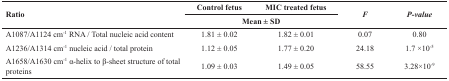
| <ROWSPAN=2> Ratio | Control fetus | MIC treated fetus | <ROWSPAN=2> F | <ROWSPAN=2> P-value |
 | <COLSPAN=2> Mean ± SD |
 | --- | --- | --- | --- | --- |
 | A1087/A1124 cm-1RNA / Total nucleic acid content | 1.81 ± 0.02 | 1.82 ± 0.01 | 0.07 | 0.80 |
 | A1236/A1314 cm-1nucleic acid / total protein | 1.12 ± 0.05 | 1.77 ± 0.20 | 24.18 | 1.7 ×10-5 |
 | A1658/A1630 cm-1α-helix to β-sheet structure of total proteins | 1.09 ± 0.03 | 1.49 ± 0.05 | 58.55 | 3.28×10-9 |